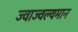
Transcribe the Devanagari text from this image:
ज्वाज्वल्यमान